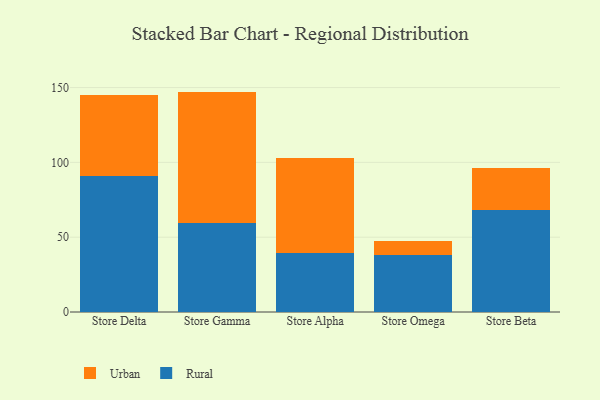
{"axis": {"x": "Store", "y": "Bounce Rate (%)"}, "legend": ["Rural", "Urban"], "data": [{"x": "Store Delta", "y": 91.0, "type": "Rural"}, {"x": "Store Delta", "y": 54.3, "type": "Urban"}, {"x": "Store Gamma", "y": 59.3, "type": "Rural"}, {"x": "Store Gamma", "y": 88.0, "type": "Urban"}, {"x": "Store Alpha", "y": 39.2, "type": "Rural"}, {"x": "Store Alpha", "y": 63.8, "type": "Urban"}, {"x": "Store Omega", "y": 38.3, "type": "Rural"}, {"x": "Store Omega", "y": 9.4, "type": "Urban"}, {"x": "Store Beta", "y": 68.0, "type": "Rural"}, {"x": "Store Beta", "y": 28.3, "type": "Urban"}]}